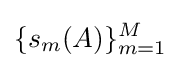
\{s_{m}(A)\}_{m=1}^{M}